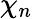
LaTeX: \chi_{n}